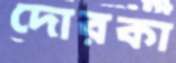
দোরকা